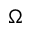
\Omega